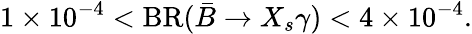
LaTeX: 1\times 10^{-4}<\mathrm{BR}(\bar{B}\rightarrow X_{s}\gamma)<4\times 10^{-4}.